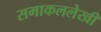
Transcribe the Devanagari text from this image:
समाकललेखी